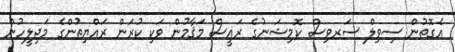
އެގޮތުން ސިވިލް ސަރވިސް ކޮމިޝަނުގެ ރައީސް މަޤާމުން ވަކި ކުރަން ރައްޔިތުންގެ މަޖިލީހުން